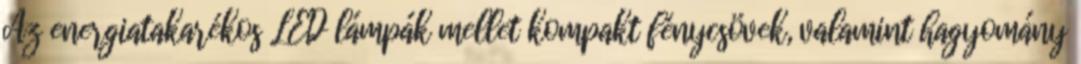
Az energiatakarékos LED lámpák mellet kompakt fénycsövek, valamint hagyomány